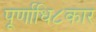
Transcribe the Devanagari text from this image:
पूर्णाधि८कार